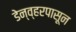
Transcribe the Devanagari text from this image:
डेन्व्हरपासून